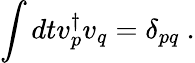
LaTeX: \int dtv_{p}^{\dagger}v_{q}=\delta_{pq}~.